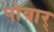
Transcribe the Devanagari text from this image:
पोवार्